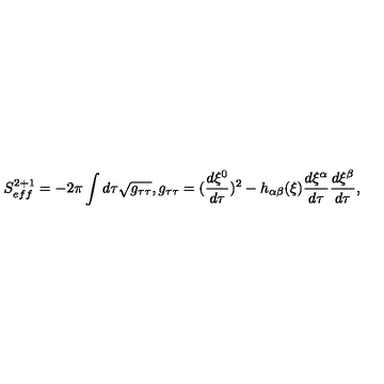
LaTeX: S _ { e f f } ^ { 2 + 1 } = - 2 \pi \int d \tau \sqrt { g _ { \tau \tau } } , g _ { \tau \tau } = ( \frac { d \xi ^ { 0 } } { d \tau } ) ^ { 2 } - h _ { \alpha \beta } ( \xi ) \frac { d \xi ^ { \alpha } } { d \tau } \frac { d \xi ^ { \beta } } { d \tau } ,